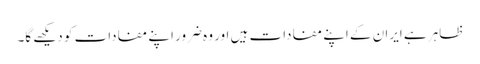
ظاہر ہے ایران کے اپنے مفادات ہیں اور وہ ضرور اپنے مفادات کو دیکھے گا۔